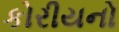
કોરીયનો